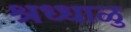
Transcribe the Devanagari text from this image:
श्रध्धाळु